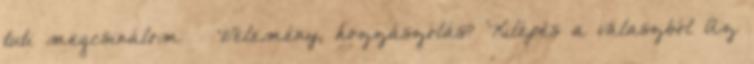
tuti megcsinálom 🙂 Vélemény, hozzászólás? Kilépés a válaszból Az